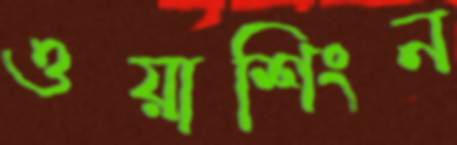
ওয়াশিংন